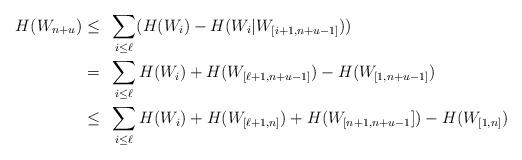
LaTeX: \begin{align*}H(W_{n+u}) &\leq~ \sum_{i \leq \ell} ( H(W_i) - H(W_i | W_{[i+1,n+u-1]}) ) \\&=~ \sum_{i \leq \ell} H(W_i) + H( W_{[\ell+1,n+u-1]}) - H( W_{[1,n+u-1]}) \\&\leq~ \sum_{i \leq \ell} H(W_i) + H( W_{[\ell+1,n]}) +H(W_{[n+1,n+u-1}]) - H( W_{[1,n]} ) \end{align*}